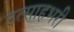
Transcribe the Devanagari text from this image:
उत्साहभरी